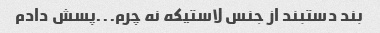
بند دستبند از جنس لاستیکه نه چرم...پسش دادم